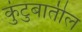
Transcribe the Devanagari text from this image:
कुंटुबातील